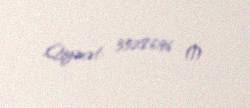
Qiymət: 35286,96 ₼